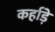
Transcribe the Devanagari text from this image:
कर्हाड़े